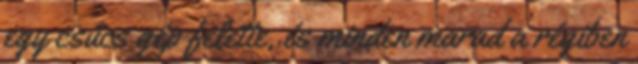
egy csúcs gép felette, és minden marad a régiben